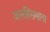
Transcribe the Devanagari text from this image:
जलहिंसमाना